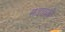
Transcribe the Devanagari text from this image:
संताघरीं